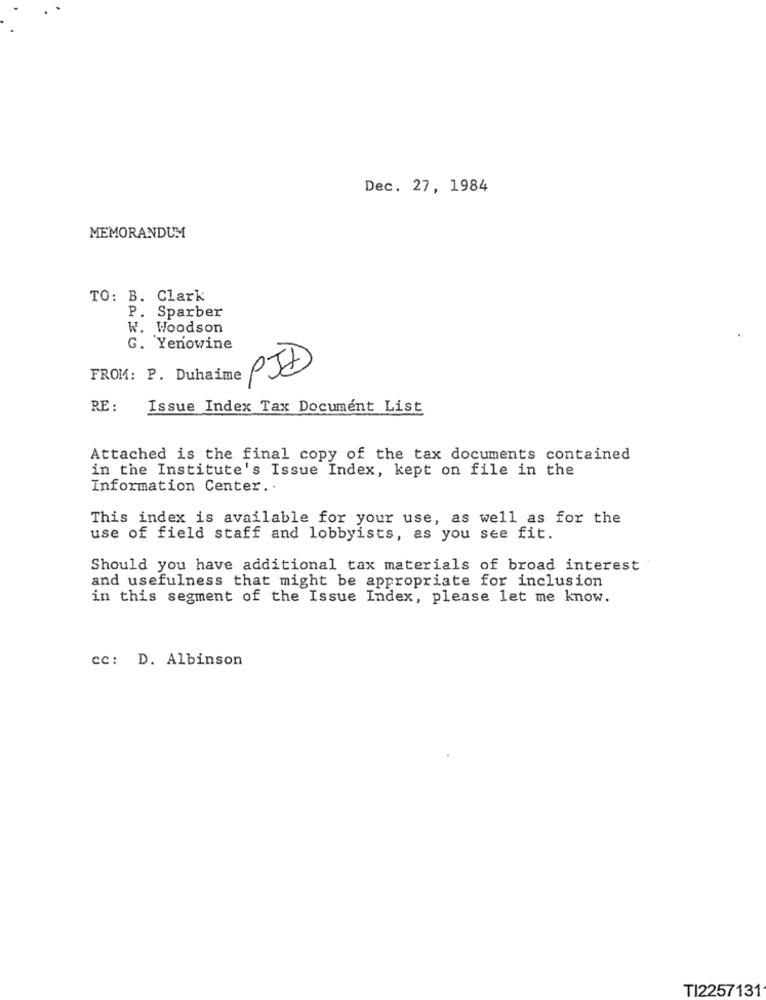
Dec. 27, 1984
MEMORANDUM
TO: B. Clark
P. Sparber
W. Woodson
G. Yenowine
FROM: P. Duhaime PJD
RE :
Issue Index Tax Document List
Attached is the final copy of the tax documents contained
in the Institute's Issue Index, kept on file in the
Information Center ..
This index is available for your use, as well as for the
use of field staff and lobbyists, as you see fit.
Should you have additional tax materials of broad interest
and usefulness that might be appropriate for inclusion
in this segment of the Issue Index, please let me know.
cc: D. Albinson
TI2257131